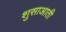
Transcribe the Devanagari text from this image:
शुसाआती